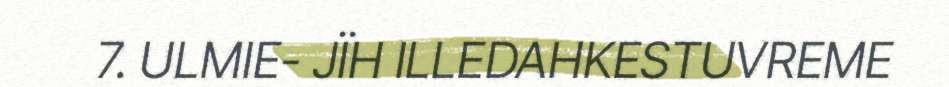
7. ULMIE- JÏH ILLEDAHKESTUVREME